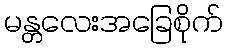
မန္တလေးအခြေစိုက်